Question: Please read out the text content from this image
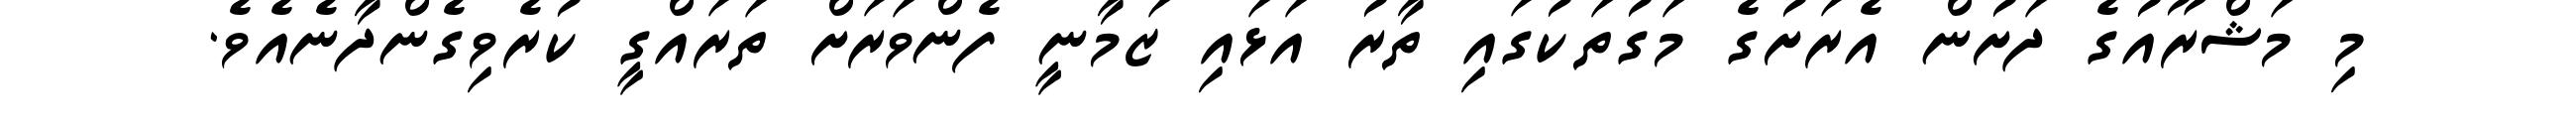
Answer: މި މަޝްރޫއުގެ ދަށުން އެރަށުގެ މަގުތަކުގައި ތާރު އަޅައި ޒަމާނީ ފެންވަރަށް ތަރައްގީ ކުރެވިގެންދާނެއެވެ.